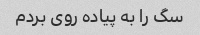
سگ را به پیاده روی بردم